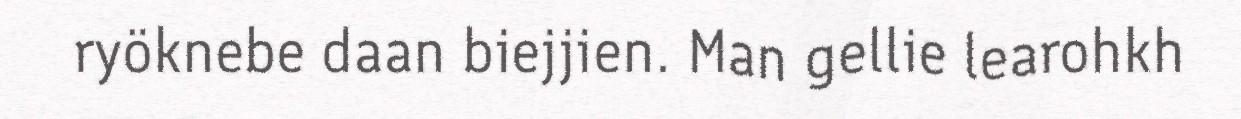
ryöknebe daan biejjien. Man gellie learohkh